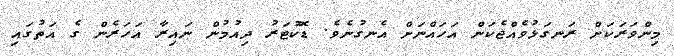
މިންވަރަކަށް ރަނގަޅުވެއްޖެކަން އަހައްނަށް އެނގުނެވެ. ޑޮކުޓަރު ދިއުމުން ނައިރާ އަހަރެން ގެ އަތުގައި